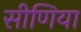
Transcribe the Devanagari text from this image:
सीणिया